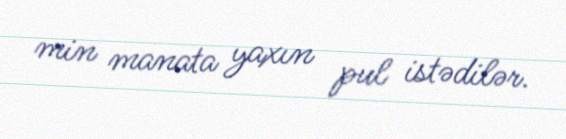
min manata yaxın pul istədilər.